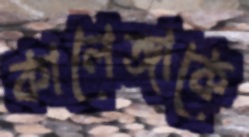
কালেঙ্গাকে